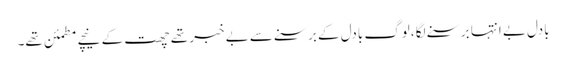
بادل بے انتہا برسنے لگا ،لوگ بادل کے برسنے سے بے خبر تھے چھت کے نیچے مطمئن تھے۔